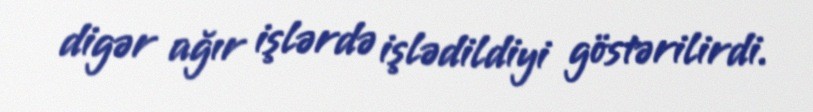
digər ağır işlərdə işlədildiyi göstərilirdi.